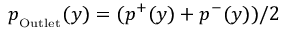
p _ { _ \mathrm { O u t l e t } } ( y ) = ( p ^ { + } ( y ) + p ^ { - } ( y ) ) / 2